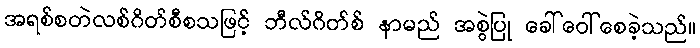
အရစ်စတဲလစ်ဂိတ်စီစသဖြင့် ဘီလ်ဂိတ်စ် နာမည် အစွဲပြု ခေါ်ဝေါ်စေခဲ့သည်။